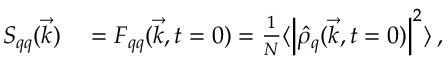
\begin{array} { r l } { S _ { q q } ( \vec { k } ) } & { { } = F _ { q q } ( \vec { k } , t = 0 ) = \frac { 1 } { N } \langle \left| \hat { \rho } _ { q } ( \vec { k } , t = 0 ) \right| ^ { 2 } \rangle \, , } \end{array}